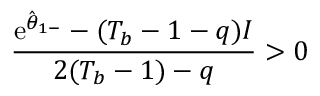
\frac { \mathrm { e } ^ { \hat { \theta } _ { 1 - } } - ( T _ { b } - 1 - q ) I } { 2 ( T _ { b } - 1 ) - q } > 0